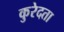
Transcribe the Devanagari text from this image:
कुरेदता